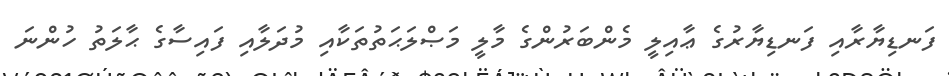
ފަނޑިޔާރާއި ފަނޑިޔާރުގެ ޢާއިލީ މެންބަރުންގެ މާލީ މަޞްލަޙަތުތަކާއި މުދަލާއި ފައިސާގެ ޙާލަތު ހުންނަ